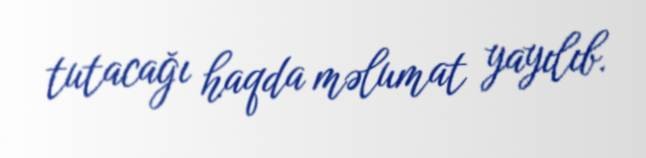
tutacağı haqda məlumat yayılıb.